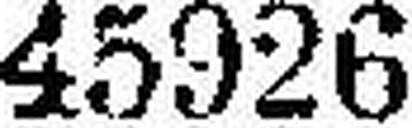
45926